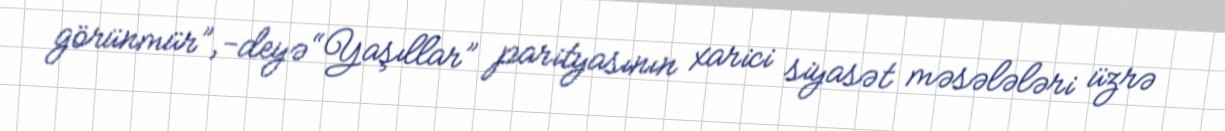
görünmür”,-deyə “Yaşıllar” parityasının xarici siyasət məsələləri üzrə